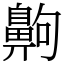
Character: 齁